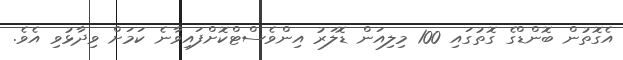
އެގޮތުން ބޮންޑްގެ ގޮތުގައި 100 މިލިއަން ޑޮލަރު އިންވެސްޓްކޮށްފައިވާނެ ކަމަށް ވިދާޅުވި އެވެ.